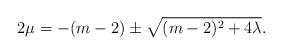
LaTeX: \begin{align*}2\mu = -(m-2) \pm \sqrt{(m-2)^2 +4 \lambda}.\end{align*}